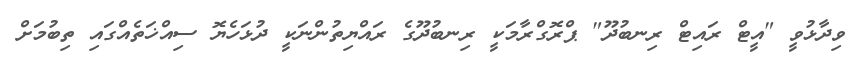
ވިދާޅުވީ "އީޓް ރައިޓް ރިނބުދޫ" ޕްރޮގްރާމަކީ ރިނބުދޫގެ ރައްޔިތުންނަކީ ދުޅަހެޔޮ ސިއްޚަތެއްގައި ތިބުމަށް